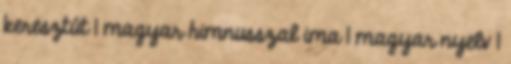
keresztút 1 magyar himnusszal ima 1 magyar nyelv 1